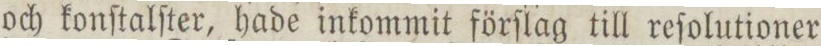
och konſtalſter, hade inkommit förſlag till reſolutioner